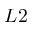
L 2